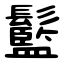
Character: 䰐